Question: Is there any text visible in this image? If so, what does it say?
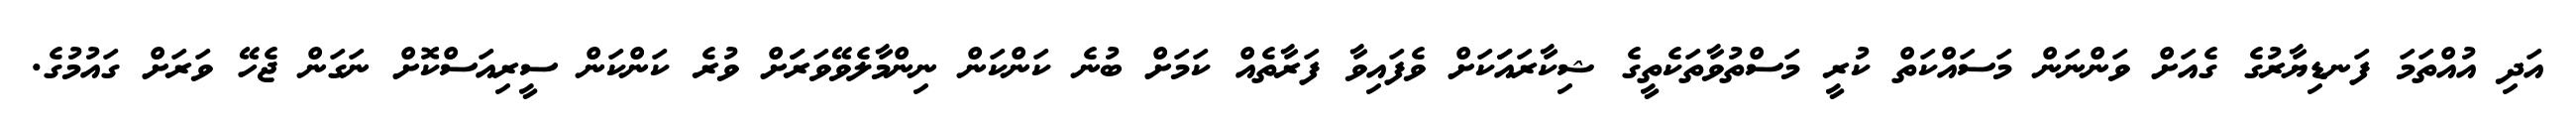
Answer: އަދި އުއްތަމަ ފަނޑިޔާރުގެ ގެއަށް ވަންނަން މަސައްކަތް ކުރީ މަސްތުވާތަކެތީގެ ޝިކާރައަަކަށް ވެފައިވާ ފަރާތެއް ކަމަށް ބުނެ ކަންކަން ނިންމާލެވޭވަރަަށް ވުރެ ކަންކަން ސީރިއަސްކޮށް ނަގަން ޖެހޭ ވަރަށް ގައުމުގެ.